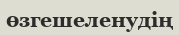
өзгешеленудің